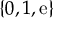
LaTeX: \{ 0 , 1 , { \mathrm { e } } \}